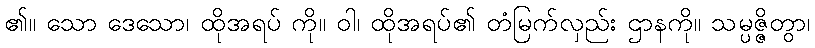
၏။ သော ဒေသော၊ ထိုအရပ် ကို။ ဝါ၊ ထိုအရပ်၏ တံမြက်လှည်း ဌာနကို။ သမ္ပဇ္ဇိတွာ၊